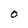
Character: O